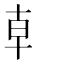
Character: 龺